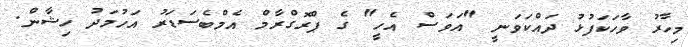
މިހާރު ވާހަކަފުޅު ދައްކަވަނީ "އަވަސް އެހީ" ގެ ޕްރޮގްރާމް އެމްބެސަޑަރު އަހުމަދު ހިޝާން.